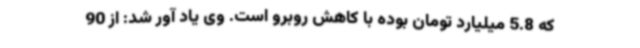
که 5.8 میلیارد تومان بوده با کاهش روبرو است. وی یاد آور شد: از 90